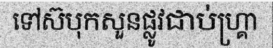
ទៅស៊បុកសួនផ្លូវជាប់ហ្គ្រា